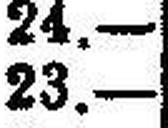
23.—